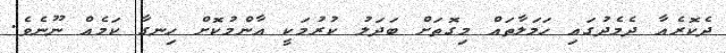
ދެކޮރެއާ ދެމެދުގައި ހަމަލާތައް މިގޮތަށް ބަދަލު ކުރުމަކީ އާންމުކޮށް ހިނގާ ކަމެއް ނޫނެވެ.